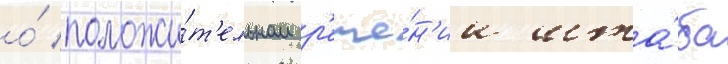
о́ положи́т'ельном р'еше́н'ии шта́ба